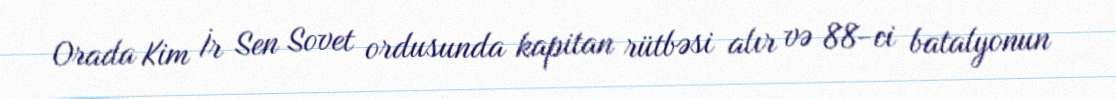
Orada Kim İr Sen Sovet ordusunda kapitan rütbəsi alır və 88-ci batalyonun